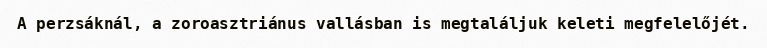
A perzsáknál, a zoroasztriánus vallásban is megtaláljuk keleti megfelelőjét.